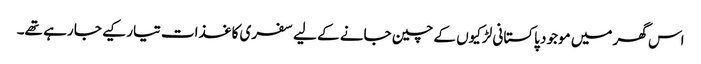
اس گھر میں موجود پاکستانی لڑکیوں کے چین جانے کے لیے سفری کاغذات تیار کیے جا رہے تھے۔